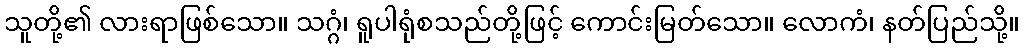
သူတို့၏ လားရာဖြစ်သော။ သဂ္ဂံ၊ ရူပါရုံစသည်တို့ဖြင့် ကောင်းမြတ်သော။ လောကံ၊ နတ်ပြည်သို့။